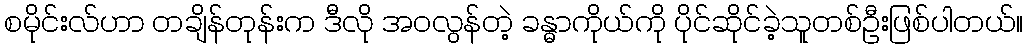
စမိုင်းလ်ဟာ တချိန်တုန်းက ဒီလို အဝလွန်တဲ့ ခန္ဓာကိုယ်ကို ပိုင်ဆိုင်ခဲ့သူတစ်ဦးဖြစ်ပါတယ်။